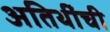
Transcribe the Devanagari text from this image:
अतिथींची